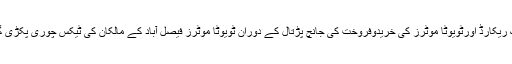
بنک ریکارڈ اورٹویوٹا موٹرز کی خریدوفروخت کی جانچ پڑتال کے دوران ٹویوٹا موٹرز فیصل آباد کے مالکان کی ٹیکس چوری پکڑی گئی۔